Annual report of the Imperial Bacteriologist
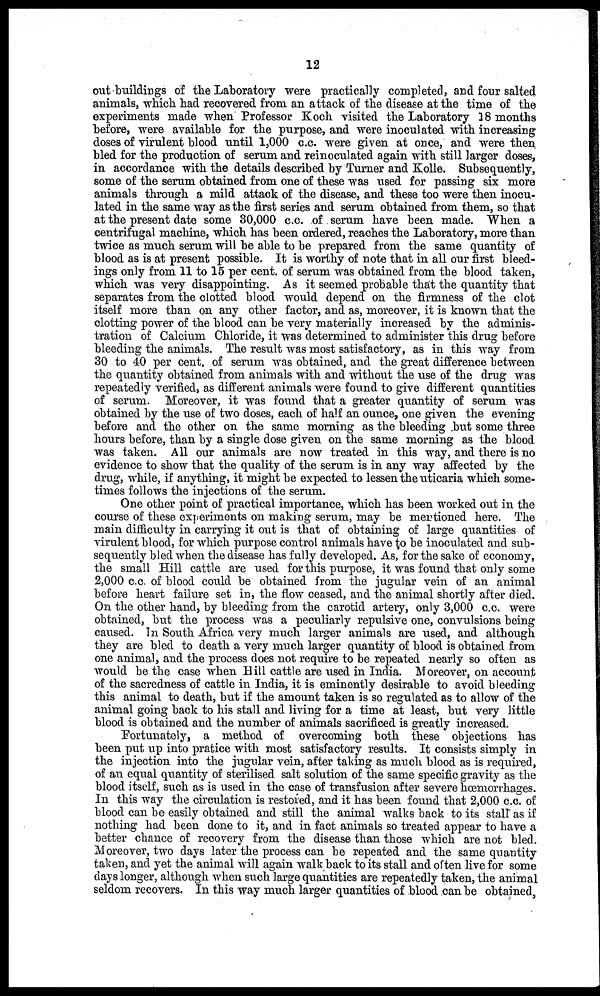
12
out buildings of the Laboratory were practically completed, and four salted
animals, which had recovered from an attack of the disease at the time of the
experiments made when Professor Koch visited the Laboratory 18 months
before, were available for the purpose, and were inoculated with increasing
doses of virulent blood until 1,000 c.c. were given at once, and were then
bled for the production of serum and reinoculated again with still larger doses,
in accordance with the details described by Turner and Kolle. Subsequently,
some of the serum obtained from one of these was used for passing six more
animals through a mild attack of the disease, and these too were then inocu-
lated in the same way as the first series and serum obtained from them, so that
at the present date some 30,000 c.c. of serum have been made. When a
centrifugal machine, which has been ordered, reaches the Laboratory, more than
twice as much serum will be able to be prepared from the same quantity of
blood as is at present possible. It is worthy of note that in all our first bleed-
ings only from 11 to 15 per cent. of serum was obtained from the blood taken,
which was very disappointing. As it seemed probable that the quantity that
separates from the clotted blood would depend on the firmness of the clot
itself more than on any other factor, and as, moreover, it is known that the
clotting power of the blood can be very materially increased by the adminis-
tration of Calcium Chloride, it was determined to administer this drug before
bleeding the animals. The result was most satisfactory, as in this way from
30 to 40 per cent. of serum was obtained, and the great difference between
the quantity obtained from animals with and without the use of the drug was
repeatedly verified, as different animals were found to give different quantities
of serum. Moreover, it was found that a greater quantity of serum was
obtained by the use of two doses, each of half an ounce, one given the evening
before and the other on the same morning as the bleeding but some three
hours before, than by a single dose given on the same morning as the blood
was taken. All our animals are now treated in this way, and there is no
evidence to show that the quality of the serum is in any way affected by the
drug, while, if anything, it might be expected to lessen the uticaria which some-
times follows the injections of the serum.
One other point of practical importance, which has been worked out in the
course of these experiments on making serum, may be mentioned here. The
main difficulty in carrying it out is that of obtaining of large quantities of
virulent blood, for which purpose control animals have to be inoculated and sub-
sequently bled when the disease has fully developed. As, for the sake of economy,
the small Hill cattle are used for this purpose, it was found that only some
2,000 c.c. of blood could be obtained from the jugular vein of an animal
before heart failure set in, the flow ceased, and the animal shortly after died.
On the other hand, by bleeding from the carotid artery, only 3,000 c.c. were
obtained, but the process was a peculiarly repulsive one, convulsions being
caused. In South Africa very much larger animals are used, and although
they are bled to death a very much larger quantity of blood is obtained from
one animal, and the process does not require to be repeated nearly so often as
would be the case when Hill cattle are used in India. Moreover, on account
of the sacredness of cattle in India, it is eminently desirable to avoid bleeding
this animal to death, but if the amount taken is so regulated as to allow of the
animal going back to his stall and living for a time at least, but very little
blood is obtained and the number of animals sacrificed is greatly increased.
Fortunately, a method of overcoming both these objections has
been put up into pratice with most satisfactory results. It consists simply in
the injection into the jugular vein, after taking as much blood as is required,
of an equal quantity of sterilised salt solution of the same specific gravity as the
blood itself, such as is used in the case of transfusion after severe hœmorrhages.
In this way the circulation is restored, and it has been found that 2,000 c.c. of
blood can be easily obtained and still the animal walks back to its stall as if
nothing had been done to it, and in fact animals so treated appear to have a
better chance of recovery from the disease than those which are not bled.
Moreover, two days later the process can be repeated and the same quantity
taken, and yet the animal will again walk back to its stall and often live for some
days longer, although when such large quantities are repeatedly taken, the animal
seldom recovers. In this way much larger quantities of blood can be obtained,